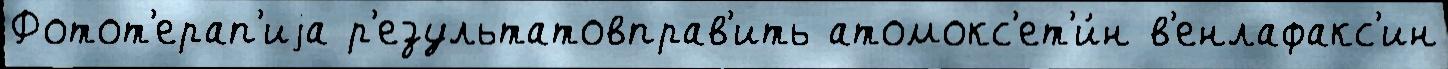
Фотот'ерап'иjа р'езультатовправ'ить атомокс'ет'и́н в'енлафакс'ин